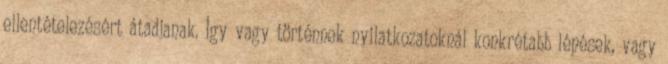
ellentételezésért átadjanak. Így vagy történnek nyilatkozatoknál konkrétabb lépések, vagy